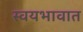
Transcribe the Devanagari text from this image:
स्वयभावात